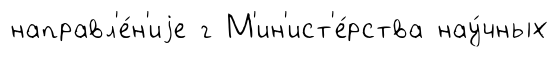
направл'е́н'иjе г М'ин'ист'е́рства нау́чных